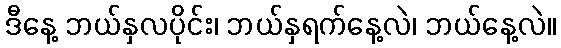
ဒီနေ့ ဘယ်နှလပိုင်း၊ ဘယ်နှရက်နေ့လဲ၊ ဘယ်နေ့လဲ။